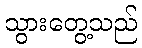
သွားတွေ့သည်